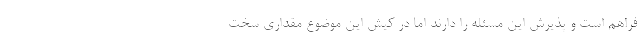
فراهم است و پذیرش این مسئله را دارند اما در کیش این موضوع مقداری سخت